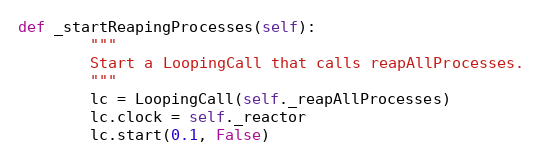
Language: Python
def _startReapingProcesses(self):
        """
        Start a LoopingCall that calls reapAllProcesses.
        """
        lc = LoopingCall(self._reapAllProcesses)
        lc.clock = self._reactor
        lc.start(0.1, False)